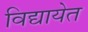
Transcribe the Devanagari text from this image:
विद्यायेत